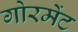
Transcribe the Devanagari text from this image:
गोरमेंट